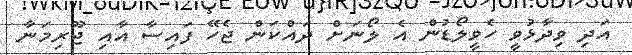
އަދި ވިދާޅުވީ ހެވީލޯޑުން އެ ލޯނަށް ދައްކަން ޖެހޭ ފައިސާ އާއި ޖޫރިމަނާ